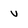
Character: v